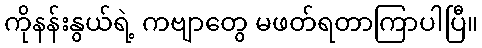
ကိုနန်းနွယ်ရဲ့ ကဗျာတွေ မဖတ်ရတာကြာပါပြီ။